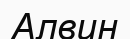
Алвин